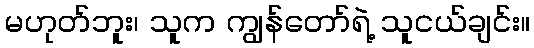
မဟုတ်ဘူး၊ သူက ကျွန်တော်ရဲ့ သူငယ်ချင်း။